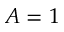
A = 1